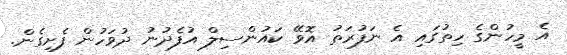
އެ މީހުންގެ ހިތުގައި އެ ނަފުރަތު އޮވޭ ކައުންސިލް އުފެދުނު ދުވަހުން ފެށިގެން.